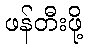
ဖန်တီးဖို့